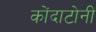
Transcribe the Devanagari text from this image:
कोंदाटोनी